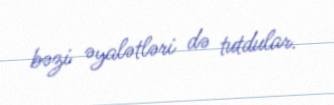
bəzi əyalətləri də tutdular.